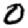
Digit: 0